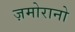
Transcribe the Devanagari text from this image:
ज़मोरानो